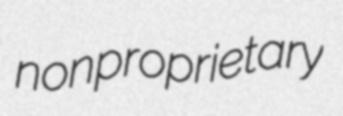
nonproprietary